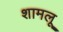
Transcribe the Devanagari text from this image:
शामलू